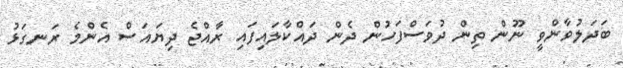
ބަދަލުވާންވީ ނޫން ތިން ދުވަސްފަހުން ދެން ދައްކާލައިފައި ރާއްޖެ ދިޔައަސް އެންމެ ރަނގަޅު